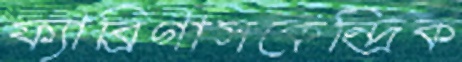
ফ্যাব্রিগাসকেন্দ্রিক